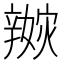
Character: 𨐭